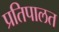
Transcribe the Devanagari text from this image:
प्रतिपालत